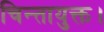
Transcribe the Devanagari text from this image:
चिन्तायुक्त।